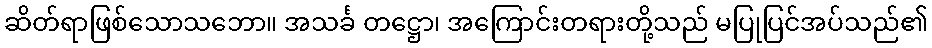
ဆိတ်ရာဖြစ်သောသဘော။ အသင်္ခ တဋ္ဌော၊ အကြောင်းတရားတို့သည် မပြုပြင်အပ်သည်၏